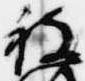
被